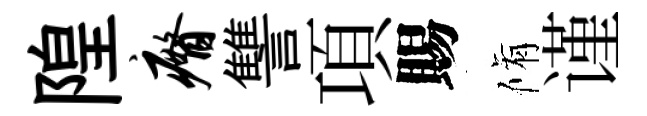
隍瘠讐項賜脩谨